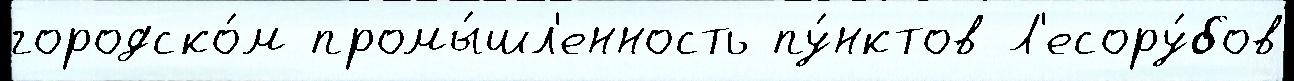
городско́м промы́шл'енность пу́нктов Л'есору́бов